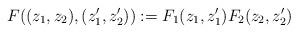
LaTeX: \begin{align*}F((z_1,z_2),(z_1',z_2')):=F_1(z_1,z_1')F_2(z_2,z_2')\end{align*}